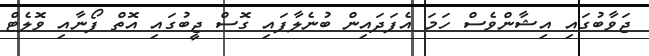
ޖަވާބުގައި އިޝާންވެސް ހަމަ އެފަދައިން ބުނެލާފައި ގޮސް ޖީބުގައި އޮތް ފޯނާއި ވޮލެޓް